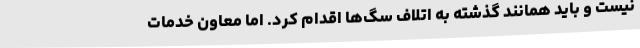
نیست و باید همانند گذشته به اتلاف سگ‌ها اقدام کرد. اما معاون خدمات